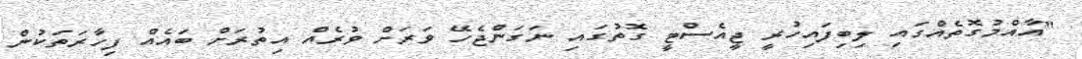
"އާއްމުގޮތެއްގައި ލިބިފައިހުރީ ޖީއެސްޓީ ގޮތުގައި ނަގަންޖެހޭ ވަރަށް ވުރެއް އިތުރަށް ބައެއް ފިހާރަތަކުން